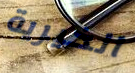
الخيرية